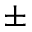
\pm